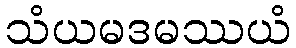
သံယမဒမဿယံ